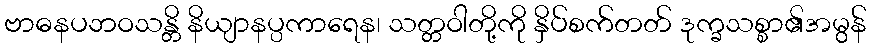
ဗာဓနပဘဝသန္တိ နိယျာနပ္ပကာရေန၊ သတ္တဝါတို့ကို နှိပ်စက်တတ် ဒုက္ခသစ္စာ၏အမွန်